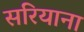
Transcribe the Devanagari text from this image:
सरियाना